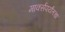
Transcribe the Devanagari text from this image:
मार्क्सपर्यंतचा